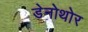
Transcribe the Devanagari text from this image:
डेनोथोर